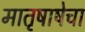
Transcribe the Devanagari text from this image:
मातृषाषेचा